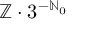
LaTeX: \mathbb { Z } \cdot 3 ^ { - \mathbb { N } _ { 0 } }